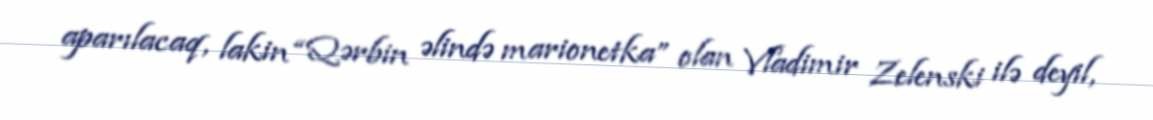
aparılacaq, lakin “Qərbin əlində marionetka” olan Vladimir Zelenski ilə deyil,